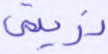
ذريتي